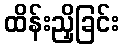
ထိန်းညှိခြင်း